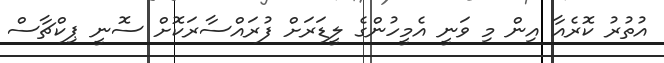
އުތުރު ކޮރެއާ އިން މި ވަނީ އެމީހުންގެ ލީޑަރަށް ފުރައްސާރަކޮށް ސޮނީ ޕިކްޗާސް